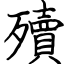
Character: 殰